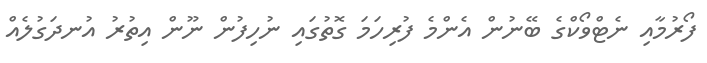
ފޯރުމާއި ނެޓްވޯކްގެ ބޭނުން އެންމެ ފުރިހަމަ ގޮތުގައި ނުހިފުން ނޫން އިތުރު އުނދަގުލެއް